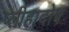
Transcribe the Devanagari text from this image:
प्लीहादोष